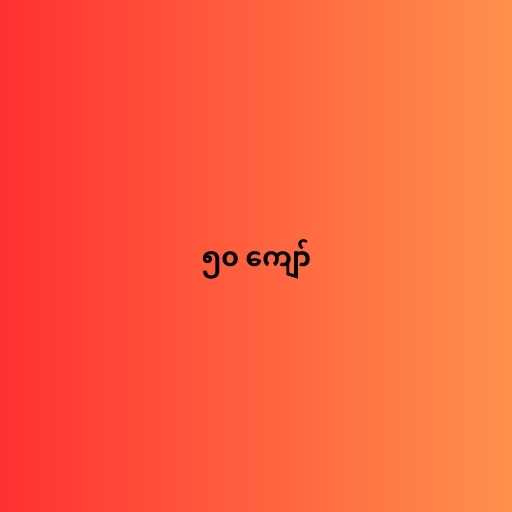
၅၀ ကျော်